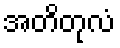
အတိတုလံ